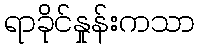
ရာခိုင်နှုန်းကသာ